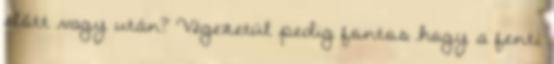
előtt vagy után? Végezetül pedig fontos hogy a fenti